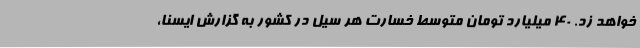
خواهد زد. 40 میلیارد تومان متوسط خسارت هر سیل در کشور به گزارش ایسنا،